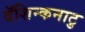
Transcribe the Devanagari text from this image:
दॅशिन्कनाटु